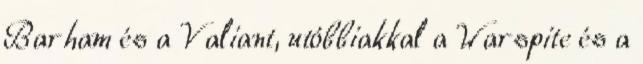
Barham és a Valiant, utóbbiakkal a Warspite és a